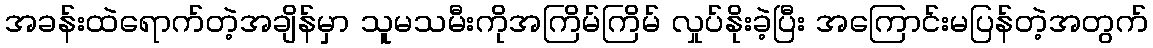
အခန်းထဲရောက်တဲ့အချိန်မှာ သူမသမီးကိုအကြိမ်ကြိမ် လှုပ်နိုးခဲ့ပြီး အကြောင်းမပြန်တဲ့အတွက်